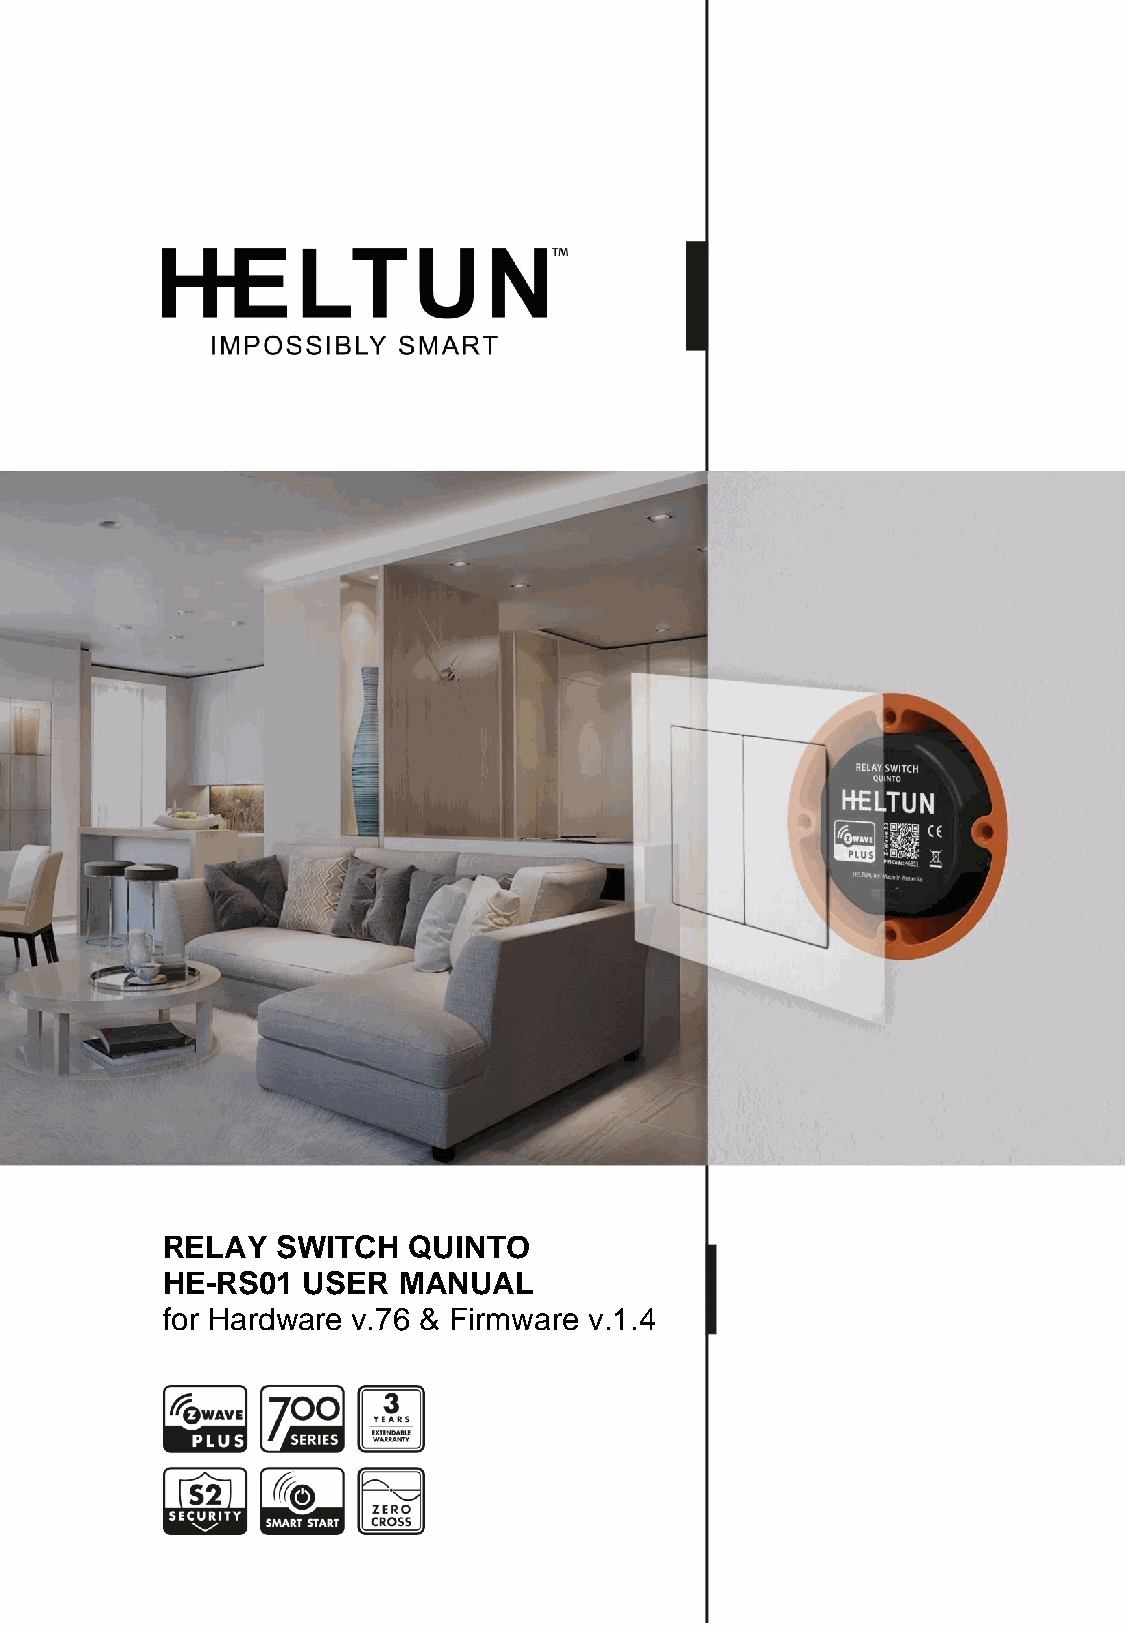
RELAY  SWITCH   QUINTO
 HE-RS01  USER  MANUAL
 for Hardware v.76 & Firmware v.1.4
 HE-RS01 USER MANUAL                                   1